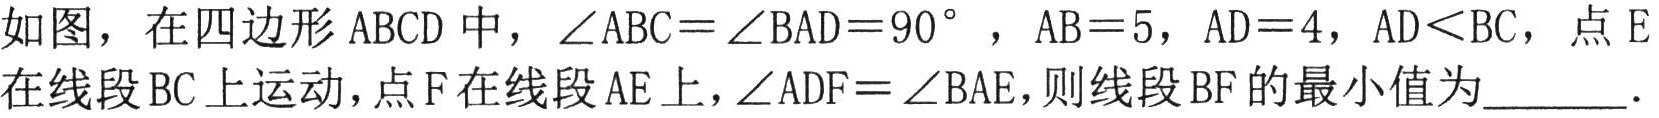
如图，在四边形\(ABCD\)中，\(\angle ABC = \angle BAD = 90^{\circ}\)，\(AB = 5\)，\(AD = 4\)，\(AD<BC\)，点\(E\)在线段\(BC\)上运动，点\(F\)在线段\(AE\)上，\(\angle ADF = \angle BAE\)，则线段\(BF\)的最小值为  ．